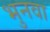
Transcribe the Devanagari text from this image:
भुनवा